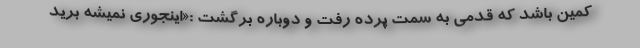
کمین باشد که قدمی به سمت پرده رفت و دوباره برگشت :«اینجوری نمیشه برید